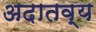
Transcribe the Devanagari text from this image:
अदातव्य